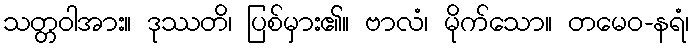
သတ္တဝါအား။ ဒုဿတိ၊ ပြစ်မှား၏။ ဗာလံ၊ မိုက်သော။ တမေဝ-နရံ၊